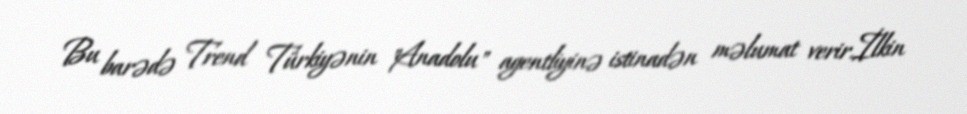
Bu barədə Trend Türkiyənin "Anadolu" agentliyinə istinadən məlumat verir.İlkin